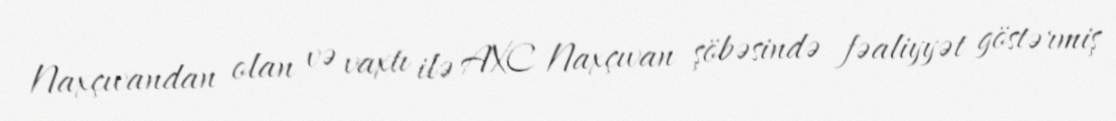
Naxçıvandan olan və vaxtı ilə AXC Naxçıvan şöbəsində fəaliyyət göstərmiş